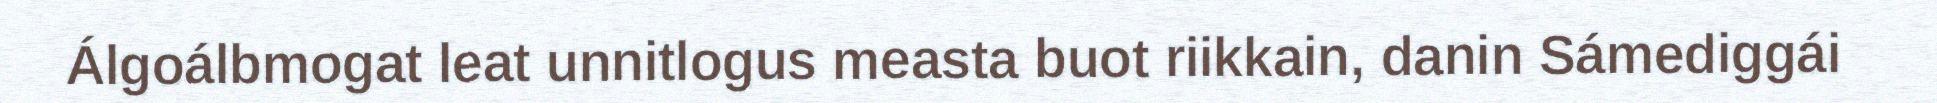
Álgoálbmogat leat unnitlogus measta buot riikkain, danin Sámediggái